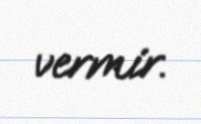
vermir.